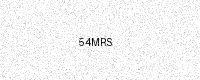
Text: 54MRS